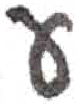
אות: ע